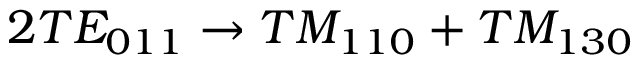
2 T E _ { 0 1 1 } \to T M _ { 1 1 0 } + T M _ { 1 3 0 }